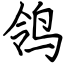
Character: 鸰